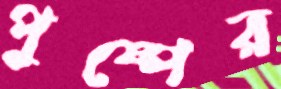
পুষ্পের